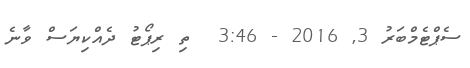
ސެޕްޓެމްބަރު 3